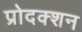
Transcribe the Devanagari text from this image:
प्रोदक्शन